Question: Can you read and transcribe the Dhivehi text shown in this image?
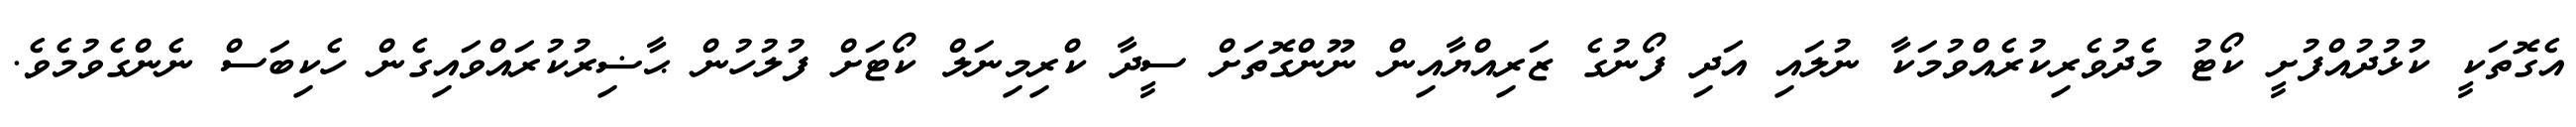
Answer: އެގޮތަކީ ކުޅުދުއްފުށީ ކޯޓު މެދުވެރިކުރެއްވުމަކާ ނުލައި އަދި ފޯނުގެ ޒަރިއްޔާއިން ނޫންގޮތަށް ސީދާ ކްރިމިނަލް ކޯޓަށް ފުލުހުން ޙާޟިރުކުރައްވައިގެން ހެކިބަސް ނެންގެވުމެވެ.